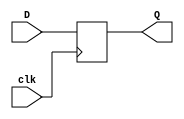
`timescale 1ns / 1ps
//////////////////////////////////////////////////////////////////////////////////
// Company: 
// Engineer: 
// 
// Design Name: 
// Module Name: DFF
// Project Name: 
// Target Devices: 
// Tool Versions: 
// Description: 
// 
// Dependencies: 
// 
// Revision:
// Revision 0.01 - File Created
// Additional Comments:
// 
//////////////////////////////////////////////////////////////////////////////////


module DFF(
    input D,
    input clk,
    output reg Q
    );
    
    always @(posedge clk) Q <= D;
endmodule